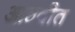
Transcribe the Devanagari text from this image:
आठवीत